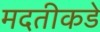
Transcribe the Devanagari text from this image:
मदतीकडे